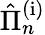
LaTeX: \hat{\Pi}_{n}^{\mathrm{(i)}}